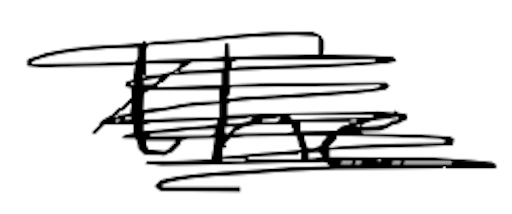
Text: the
Cross-out: scratch
Writing tool: digital_black